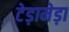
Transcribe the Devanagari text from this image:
टेड़ामेड़ा